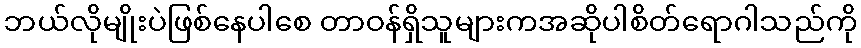
ဘယ်လိုမျိုးပဲဖြစ်နေပါစေ တာဝန်ရှိသူများကအဆိုပါစိတ်ရောဂါသည်ကို